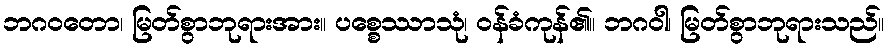
ဘဂဝတော၊ မြတ်စွာဘုရားအား။ ပစ္စေဿာသုံ၊ ဝန်ခံကုန်၏။ ဘဂဝါ၊ မြတ်စွာဘုရားသည်။